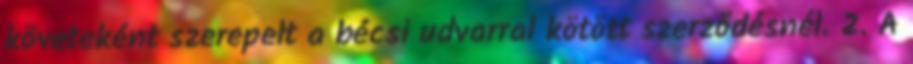
követeként szerepelt a bécsi udvarral kötött szerződésnél. 2. A